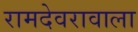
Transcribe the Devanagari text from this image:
रामदेवरावाला